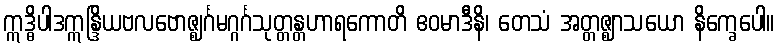
ဣဒ္ဓိပါဒဣန္ဒြိယဗလဗောဇ္ဈင်္ဂမဂ္ဂင်္ဂသုတ္တန္တဟာရကောတိ ဧဝမာဒီနိ၊ တေသံ အတ္တဇ္ဈာသယော နိက္ခေပေါ။